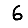
Digit: 6